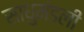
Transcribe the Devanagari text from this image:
साधुमंडली